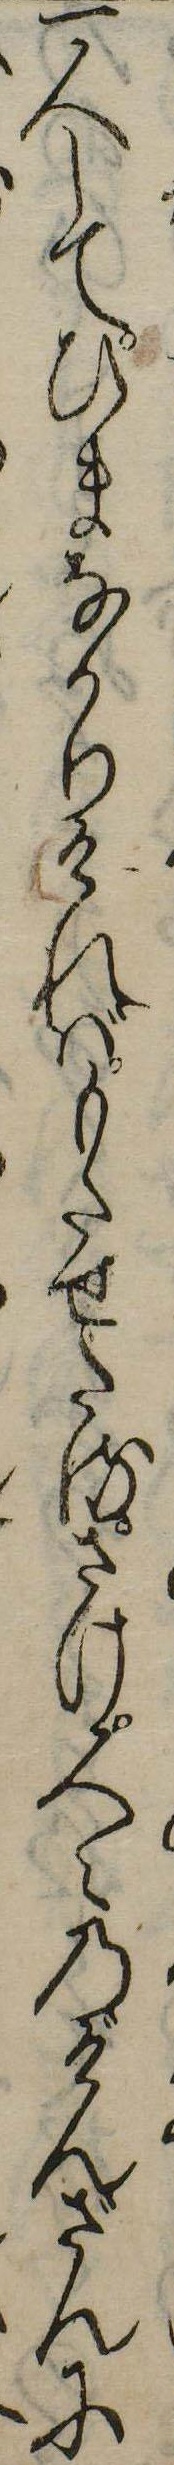
一人してひまなかりければもたせたるさけ人々のげんざんに